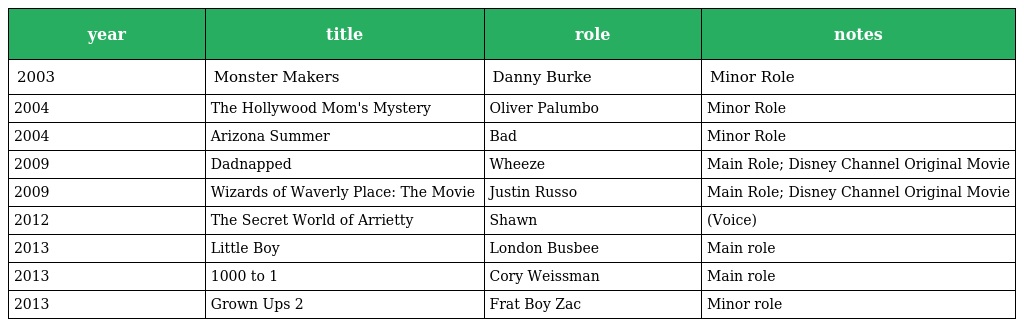
| year | title | role | notes |
 | --- | --- | --- | --- |
 | 2003 | Monster Makers | Danny Burke | Minor Role |
 | 2004 | The Hollywood Mom's Mystery | Oliver Palumbo | Minor Role |
 | 2004 | Arizona Summer | Bad | Minor Role |
 | 2009 | Dadnapped | Wheeze | Main Role; Disney Channel Original Movie |
 | 2009 | Wizards of Waverly Place: The Movie | Justin Russo | Main Role; Disney Channel Original Movie |
 | 2012 | The Secret World of Arrietty | Shawn | (Voice) |
 | 2013 | Little Boy | London Busbee | Main role |
 | 2013 | 1000 to 1 | Cory Weissman | Main role |
 | 2013 | Grown Ups 2 | Frat Boy Zac | Minor role |